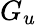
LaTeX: G_{u}